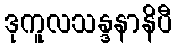
ဒုကူလသန္ဒနာနိပီ